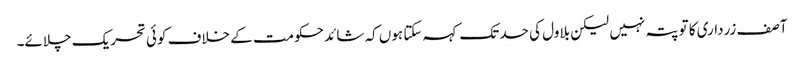
آصف زرداری کا تو پتہ نہیں لیکن بلاول کی حد تک کہہ سکتا ہوں کہ شائد حکومت کے خلاف کوئی تحریک چلائے۔